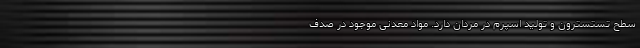
سطح تستسترون و تولید اسپرم در مردان دارد. مواد معدنی موجود در صدف